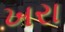
ખરા